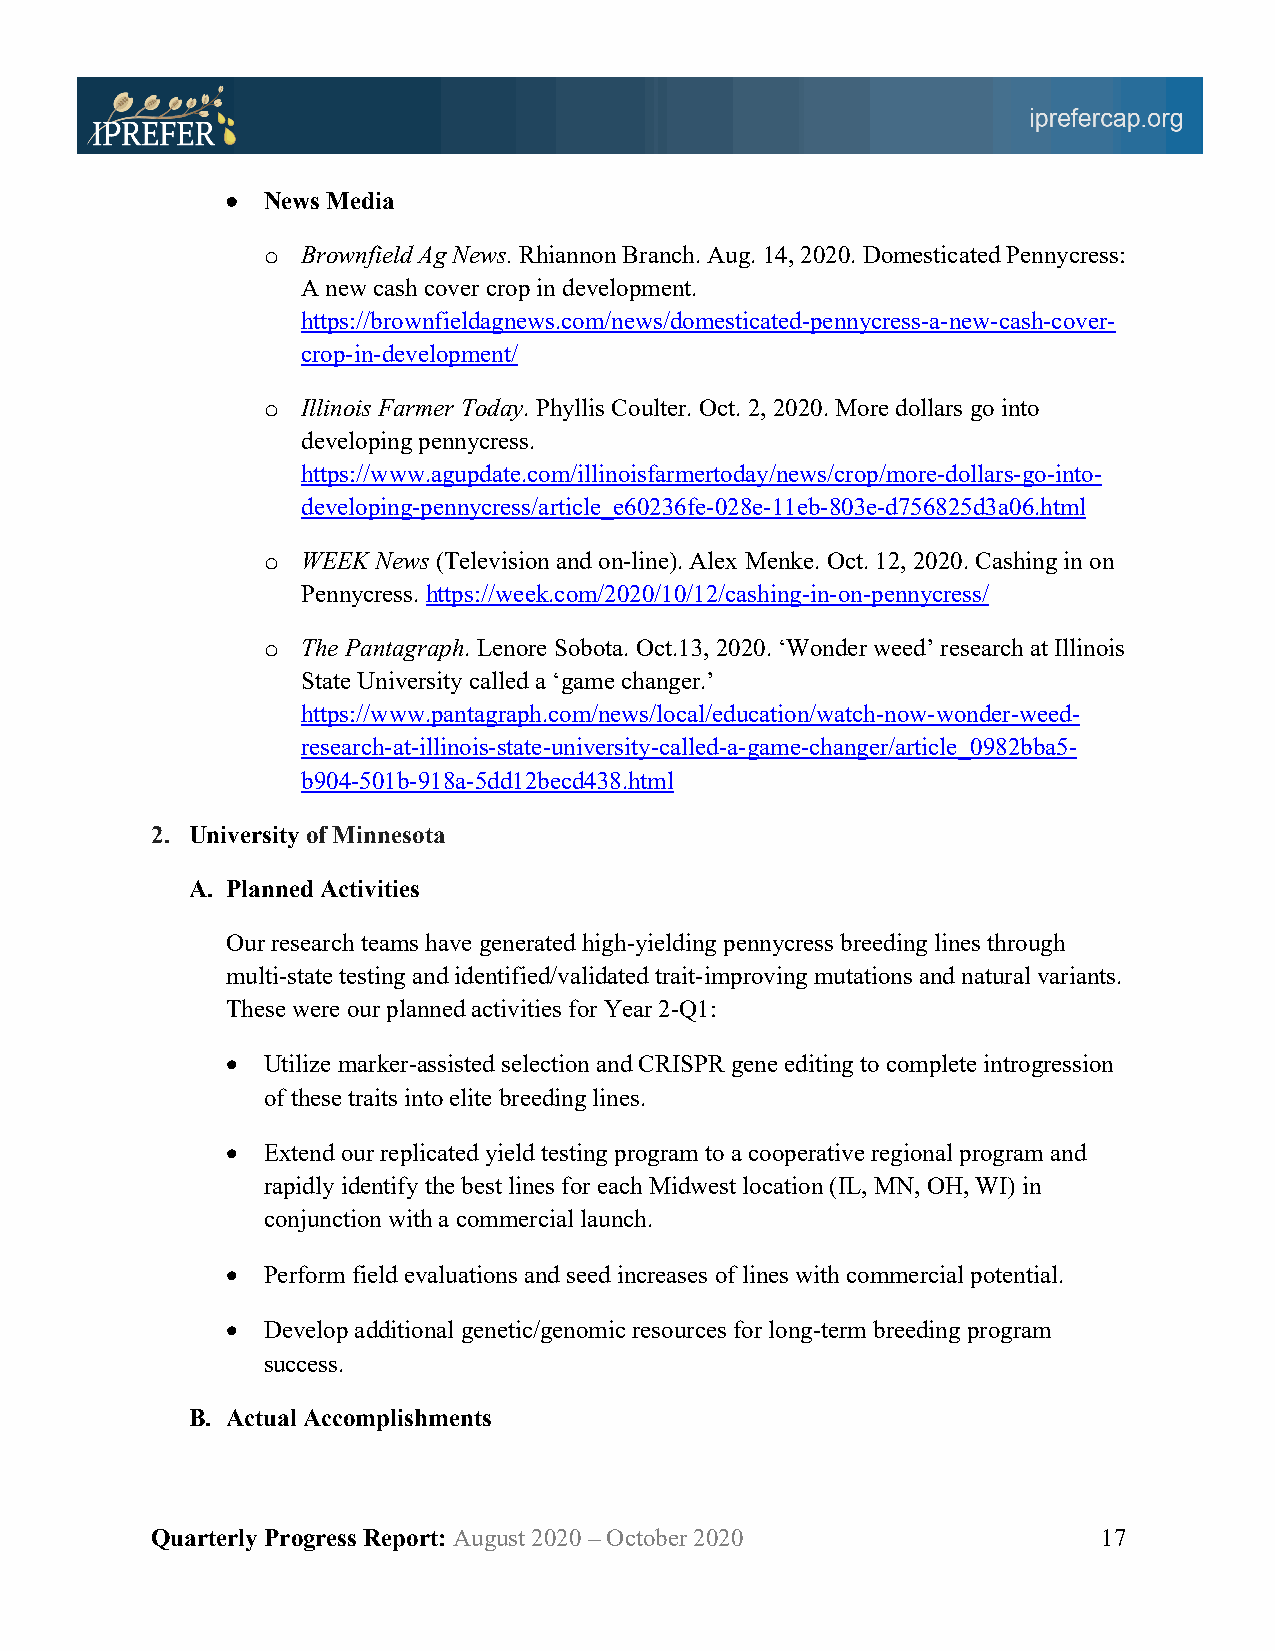
• News Media
 o  Brownfield Ag News. Rhiannon Branch. Aug. 14, 2020. Domesticated Pennycress:
 A new cash cover crop in development.
 https://brownfieldagnews.com/news/domesticated-pennycress-a-new-cash-cover-
 crop-in-development/
 o  Illinois Farmer Today. Phyllis Coulter. Oct. 2, 2020. More dollars go into
 developing pennycress.
 https://www.agupdate.com/illinoisfarmertoday/news/crop/more-dollars-go-into-
 developing-pennycress/article_e60236fe-028e-11eb-803e-d756825d3a06.html
 o  WEEK News (Television and on-line). Alex Menke. Oct. 12, 2020. Cashing in on
 Pennycress. https://week.com/2020/10/12/cashing-in-on-pennycress/
 o  The Pantagraph. Lenore Sobota. Oct.13, 2020. ‘Wonder weed’ research at Illinois
 State University called a ‘game changer.’
 https://www.pantagraph.com/news/local/education/watch-now-wonder-weed-
 research-at-illinois-state-university-called-a-game-changer/article_0982bba5-
 b904-501b-918a-5dd12becd438.html
 2. University of Minnesota
 A. Planned Activities
 Our research teams have generated high-yielding pennycress breeding lines through
 multi-state testing and identified/validated trait-improving mutations and natural variants.
 These were our planned activities for Year 2-Q1:
 • Utilize marker-assisted selection and CRISPR gene editing to complete introgression
 of these traits into elite breeding lines.
 • Extend our replicated yield testing program to a cooperative regional program and
 rapidly identify the best lines for each Midwest location (IL, MN, OH, WI) in
 conjunction with a commercial launch.
 • Perform field evaluations and seed increases of lines with commercial potential.
 • Develop additional genetic/genomic resources for long-term breeding program
 success.
 B. Actual Accomplishments
 Quarterly Progress Report: August 2020 – October 2020          17